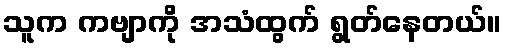
သူက ကဗျာကို အသံထွက် ရွတ်နေတယ်။